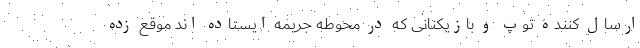
ارسال کننده توپ و بازیکنانی که در محوطه جریمه ایستاده اند موقع زده